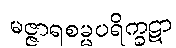
မဇ္ဇာရစမ္မပရိက္ခဋာ